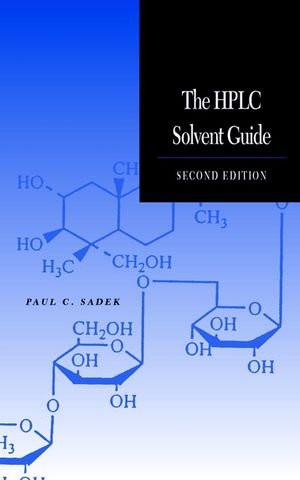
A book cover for The HPLC Solvent Guide; Paul C. Sadek; Science & Math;